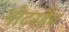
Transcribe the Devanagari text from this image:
नोटरडैम